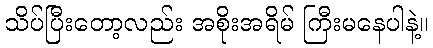
သိပ်ပြီးတော့လည်း အစိုးအရိမ် ကြီးမနေပါနဲ့။